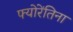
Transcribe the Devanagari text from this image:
फ्योरेंतिना